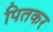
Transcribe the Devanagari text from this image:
पितकर